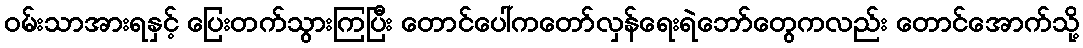
ဝမ်းသာအားရနှင့် ပြေးတက်သွားကြပြီး တောင်ပေါ်ကတော်လှန်ရေးရဲဘော်တွေကလည်း တောင်အောက်သို့